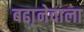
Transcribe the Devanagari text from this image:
बढा़नेवाला